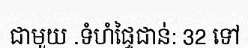
ជាមួយ .ទំហំផ្ទៃជាន់: 32 ទៅ